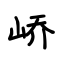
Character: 峤